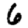
Digit: 6